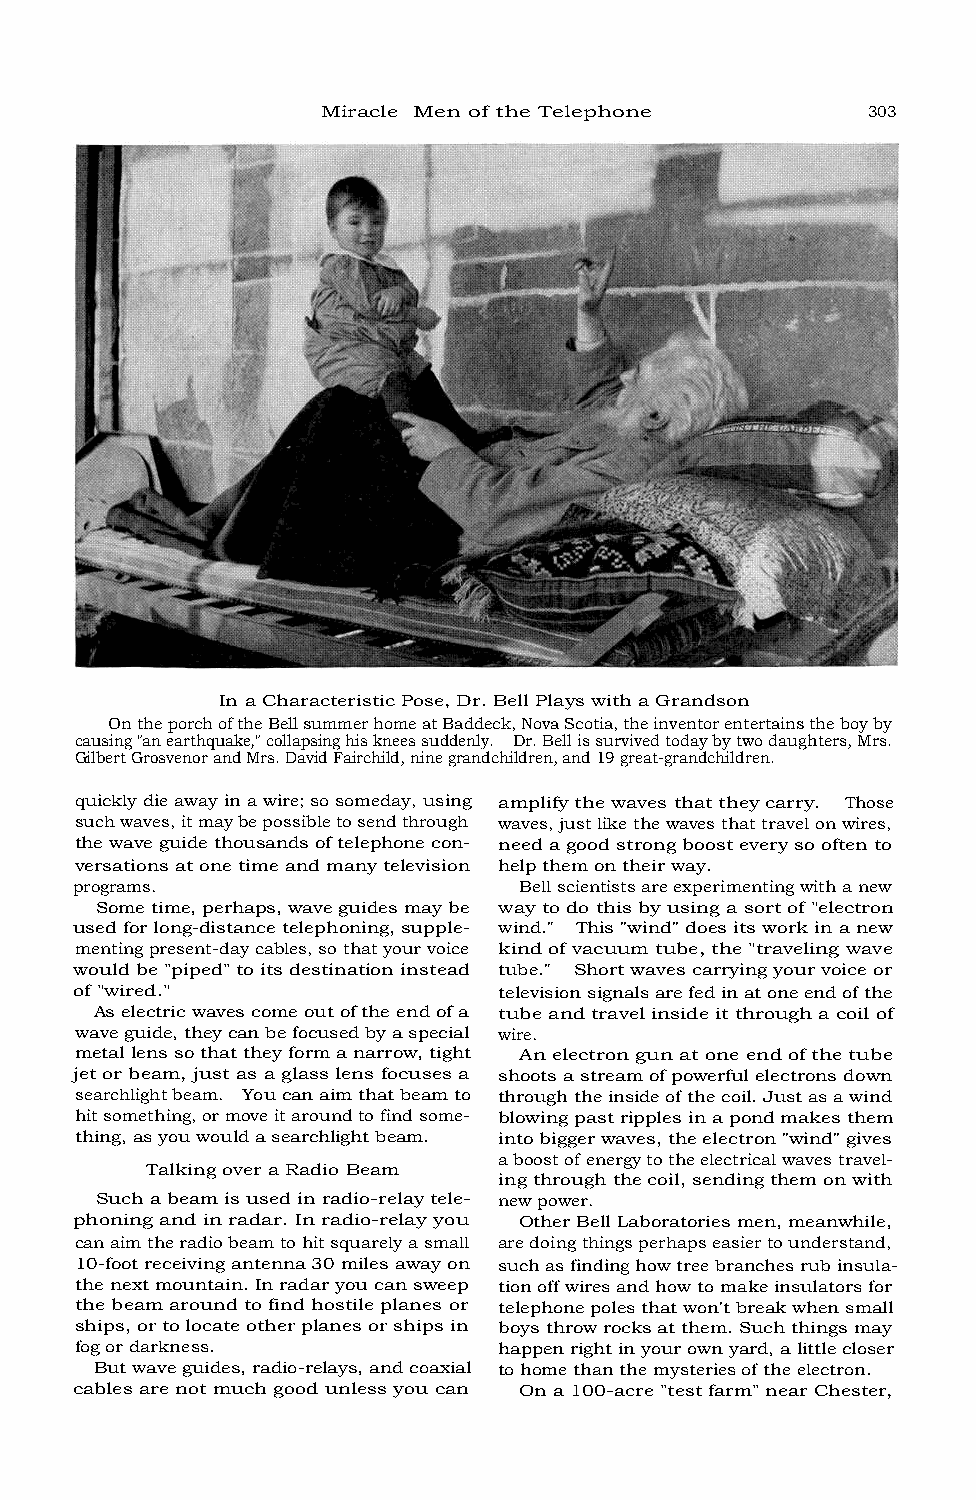
Miracle Men of the Telephone        303
 In a Characteristic Pose, Dr. Bell Plays with a Grandson
 On the porch of the Bell summer home at Baddeck, Nova Scotia, the inventor entertains the boy by
 causing "an earthquake," collapsing his knees suddenly. Dr. Bell is survived today by two daughters, Mrs.
 Gilbert Grosvenor and Mrs. David Fairchild, nine grandchildren, and 19 great-grandchildren.
 quickly die away in a wire; so someday, using amplify the waves that they carry. Those
 such waves, it may be possible to send through waves, just like the waves that travel on wires,
 the wave guide thousands of telephone con- need a good strong boost every so often to
 versations at one time and many television help them on their way.
 programs.                    Bell scientists are experimenting with a new
 Some time, perhaps, wave guides may be way to do this by using a sort of "electron
 used for long-distance telephoning, supple- wind." This "wind" does its work in a new
 menting present-day cables, so that your voice kind of vacuum tube, the "traveling wave
 would be "piped" to its destination instead tube." Short waves carrying your voice or
 of "wired."                 television signals are fed in at one end of the
 As electric waves come out of the end of a tube and travel inside it through a coil of
 wave guide, they can be focused by a special wire.
 metal lens so that they form a narrow, tight An electron gun at one end of the tube
 jet or beam, just as a glass lens focuses a shoots a stream of powerful electrons down
 searchlight beam. You can aim that beam to through the inside of the coil. Just as a wind
 hit something, or move it around to find some- blowing past ripples in a pond makes them
 thing, as you would a searchlight beam. into bigger waves, the electron "wind" gives
 a boost of energy to the electrical waves travel-
 Talking over a Radio Beam
 ing through the coil, sending them on with
 Such a beam is used in radio-relay tele- new power.
 phoning and in radar. In radio-relay you Other Bell Laboratories men, meanwhile,
 can aim the radio beam to hit squarely a small are doing things perhaps easier to understand,
 10-foot receiving antenna 30 miles away on such as finding how tree branches rub insula-
 the next mountain. In radar you can sweep tion off wires and how to make insulators for
 the beam around to find hostile planes or telephone poles that won't break when small
 ships, or to locate other planes or ships in boys throw rocks at them. Such things may
 fog or darkness.            happen right in your own yard, a little closer
 But wave guides, radio-relays, and coaxial to home than the mysteries of the electron.
 cables are not much good unless you can On a 100-acre "test farm" near Chester,